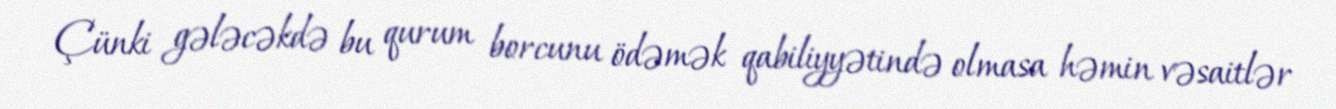
Çünki gələcəkdə bu qurum borcunu ödəmək qabiliyyətində olmasa həmin vəsaitlər